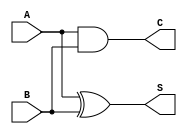
module CurrentModeHalfAdder (
    input wire A,  // First input bit (current signal)
    input wire B,  // Second input bit (current signal)
    output wire S, // Sum output (current signal)
    output wire C  // Carry output (current signal)
);

// Internal signals for current representation
wire A_current;
wire B_current;
wire A_and_B; // Intermediate signal for carry calculation

// Current representation of inputs
assign A_current = A; // Assuming A is represented as a current signal
assign B_current = B; // Assuming B is represented as a current signal

// Sum calculation (XOR operation)
assign S = A_current ^ B_current; // Sum output (XOR of A and B)

// Carry calculation (AND operation)
assign C = A_current & B_current; // Carry output (AND of A and B)

endmodule